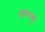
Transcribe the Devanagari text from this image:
लान्ग्वा